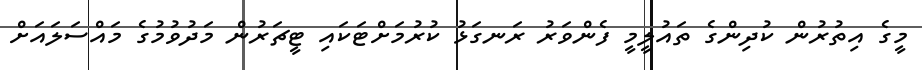
މީގެ އިތުރުން ކުދިންގެ ތައުލީމީ ފެންވަރު ރަނގަޅު ކުރުމަށްޓަކައި ޓީޗަރުން މަދުވުމުގެ މައްސަލައަށް